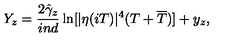
Y _ { z } = \frac { 2 \hat { \gamma } _ { z } } { i n d } \ln [ | \eta ( i T ) | ^ { 4 } ( T + \overline { { T } } ) ] + y _ { z } ,